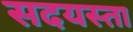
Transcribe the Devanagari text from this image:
सदयस्ता